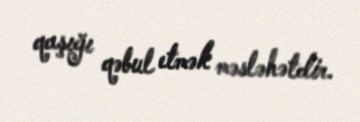
qaşığı qəbul etmək məsləhətdir.